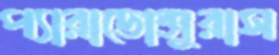
প্যারাডোক্সুরাস